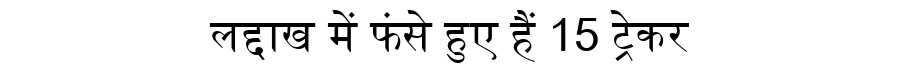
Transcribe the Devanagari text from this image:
लद्दाख में फंसे हुए हैं 15 ट्रेकर